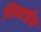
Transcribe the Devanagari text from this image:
शिवाईस